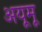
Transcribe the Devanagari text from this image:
अयूमू